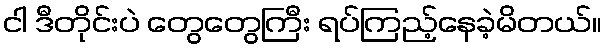
ငါ ဒီတိုင်းပဲ တွေတွေကြီး ရပ်ကြည့်နေခဲ့မိတယ်။